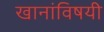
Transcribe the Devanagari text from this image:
खानांविषयी